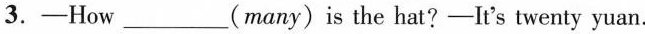
3.-How____(many)is the hat? -It's twenty yuan.